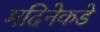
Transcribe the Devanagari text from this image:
मदिनेकडे